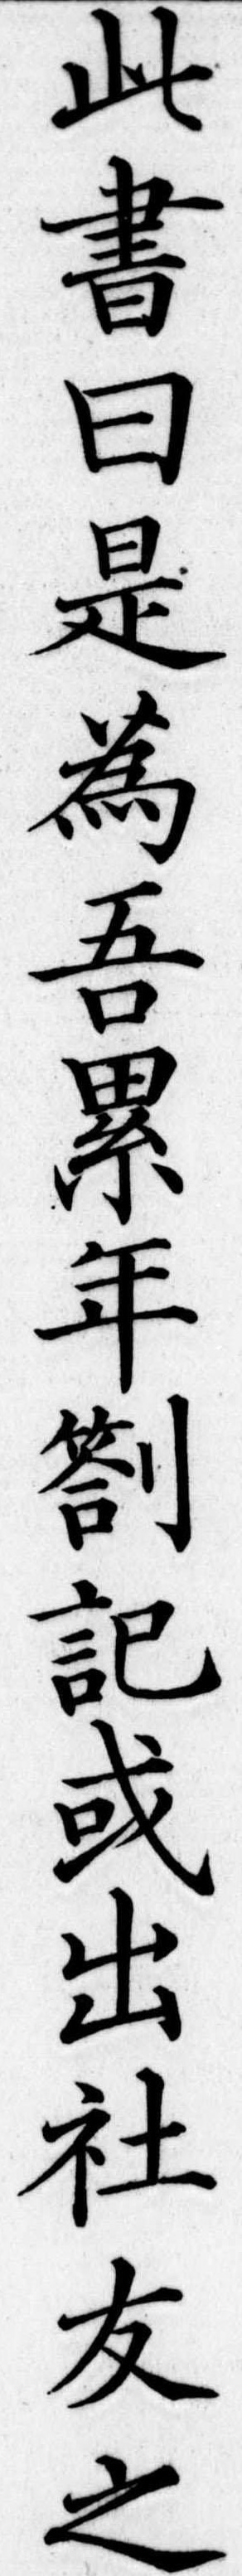
此書曰是為吾累年劄記或出社友之